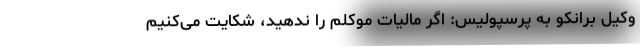
وکیل برانکو به پرسپولیس: اگر مالیات موکلم را ندهید، شکایت می‌کنیم